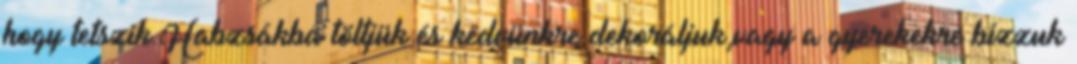
hogy tetszik.Habzsákba töltjük és kedvünkre dekoráljuk,vagy a gyerekekre bízzuk